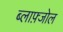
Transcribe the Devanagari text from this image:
ब्लाफ़्जोल